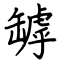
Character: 罅